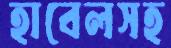
হাবেলসহ